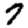
Digit: 7